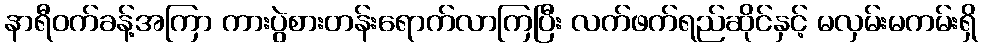
နာရီဝက်ခန့်အကြာ ကားပွဲစားတန်းရောက်လာကြပြီး လက်ဖက်ရည်ဆိုင်နှင့် မလှမ်းမကမ်းရှိ